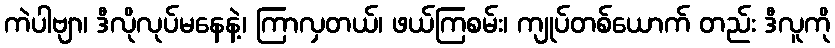
ကဲပါဗျာ၊ ဒီလိုလုပ်မနေနဲ့၊ ကြာလှတယ်၊ ဖယ်ကြစမ်း၊ ကျုပ်တစ်ယောက် တည်း ဒီလူကို